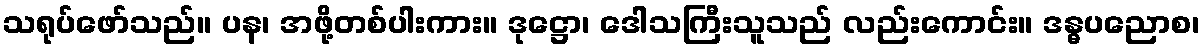
သရုပ်ဖော်သည်။ ပန၊ အဖို့တစ်ပါးကား။ ဒုဋ္ဌော၊ ဒေါသကြီးသူသည် လည်းကောင်း။ ဒန္ဓပညောစ၊